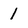
Character: 1